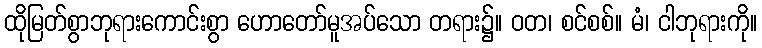
ထိုမြတ်စွာဘုရားကောင်းစွာ ဟောတော်မူအပ်သော တရား၌။ ဝတ၊ စင်စစ်။ မံ၊ ငါဘုရားကို။